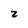
Character: 2